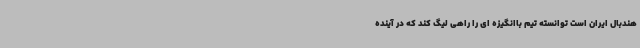
هندبال ایران است توانسته تیم باانگیزه ای را راهی لیگ کند که در آینده